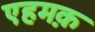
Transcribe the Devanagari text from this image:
एहमक़